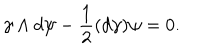
\gamma \wedge d \psi - { \frac { 1 } { 2 } } ( d \gamma ) \psi = 0 .